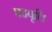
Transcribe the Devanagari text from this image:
पदवृत्ति